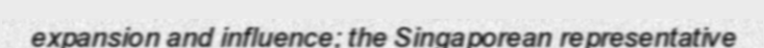
expansion and influence; the Singaporean representative